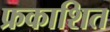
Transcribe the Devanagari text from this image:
फ्रकाशित